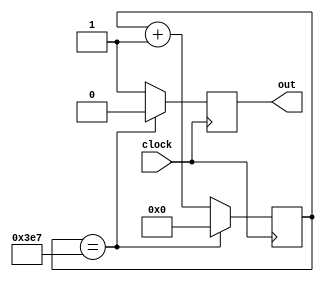
module fixedperiodtimer(clock, out);

input clock;
output out;

wire clock;
reg out;

reg[10:0] counter;

always @ (posedge clock) begin
	counter <= counter + 1;
	if(counter == 999) begin
		counter <= 0;
		out <= 1'b0;
	end
	else 
		out <= 1'b1;
end

endmodule